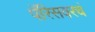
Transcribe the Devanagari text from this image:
पॅरिसवरचं